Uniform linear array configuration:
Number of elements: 16
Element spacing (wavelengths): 0.75
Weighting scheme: binomial
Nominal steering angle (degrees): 0
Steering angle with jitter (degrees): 0.2536
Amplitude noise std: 0.05
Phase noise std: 0.05

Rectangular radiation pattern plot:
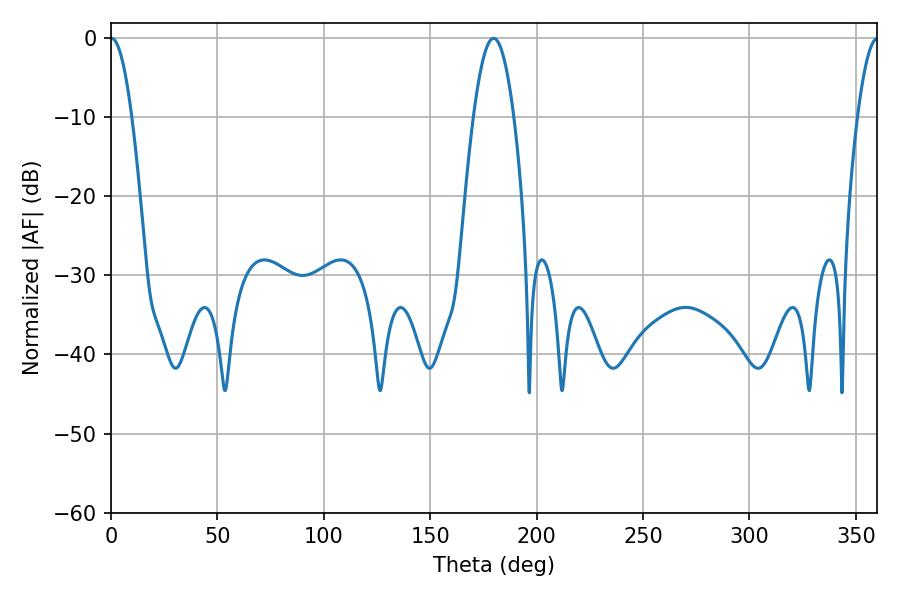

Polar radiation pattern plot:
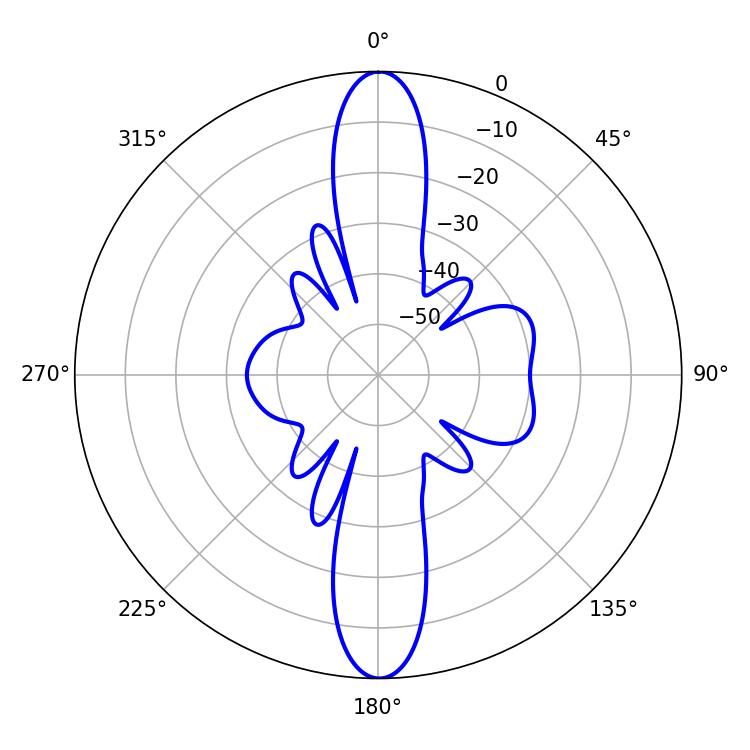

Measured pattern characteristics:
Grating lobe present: TRUE
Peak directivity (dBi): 28.869
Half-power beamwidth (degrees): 5.4
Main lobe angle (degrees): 0.18